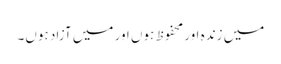
میں زندہ اور محفوظ ہوں اور میں آزاد ہوں۔